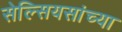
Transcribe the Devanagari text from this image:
सेल्सियसांच्या